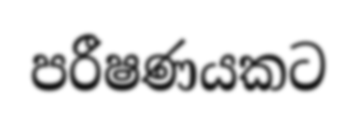
පරීෂණයකට